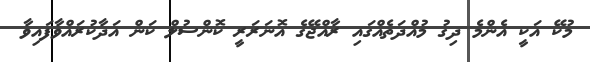
މުކޭ އަކީ އެންމެ ދިގު މުއްދަތެއްގައި ރާއްޖޭގެ އޮނަރަރީ ކޮންސުލް ކަން އަދާކުރައްވާފައިވާ